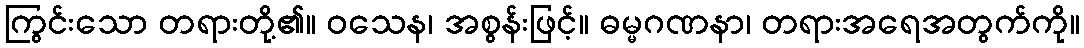
ကြွင်းသော တရားတို့၏။ ဝသေန၊ အစွန်းဖြင့်။ ဓမ္မဂဏနာ၊ တရားအရေအတွက်ကို။